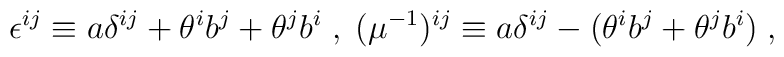
\epsilon^{i j} \equiv a \delta^{i j} +  \theta^i b^j + \theta^j b^i \; , \;  (\mu^{-1})^{i j} \equiv a \delta^{i j} - (\theta^i b^j + \theta^j b^i) \;,